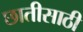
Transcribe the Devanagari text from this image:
छातीसाठी